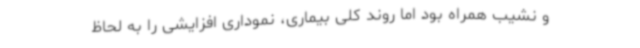
و نشیب همراه بود اما روند کلی بیماری، نموداری افزایشی را به لحاظ